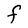
Character: F